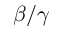
\beta / \gamma